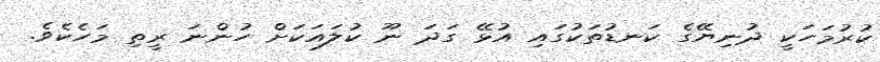
ކުރުމަހަކީ ދުނިޔޭގެ ކަނޑުތަކުގައި އުޅޭ ގަދަ ނޫ ކުލައަކަށް ހުންނަ ރީތި މަހެކެވެ.